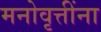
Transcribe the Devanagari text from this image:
मनोवृत्तींना